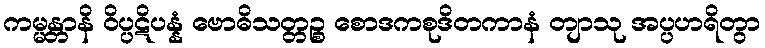
ကမ္မန္တာနိ ဝိပ္ပဋိပန္နံ ဗောဓိသတ္တဉ္စ စောဒကစုဒိတကာနံ တျာသု အပ္ပဟရိတွာ